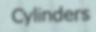
Cylinders